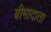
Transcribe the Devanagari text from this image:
बीमादाता